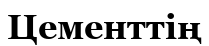
Цементтің